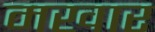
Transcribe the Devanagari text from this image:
मखार